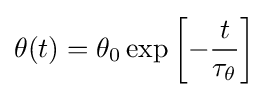
\theta (t)=\theta _{0}\exp \left[-{\frac {t}{\tau _{\theta }}}\right]